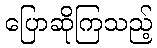
ပြောဆိုကြသည့်